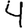
Digit: 4